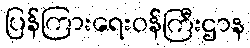
ပြန်ကြားရေးဝန်ကြီးဌာန